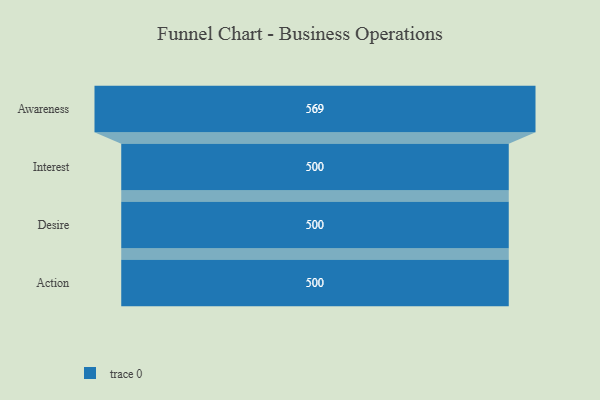
{"axis": {"x": "Stage", "y": "Value"}, "legend": [""], "data": [{"x": "Awareness", "y": 569.0, "type": ""}, {"x": "Interest", "y": 500, "type": ""}, {"x": "Desire", "y": 500, "type": ""}, {"x": "Action", "y": 500, "type": ""}]}